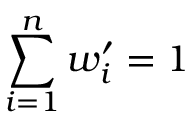
\sum _ { i = 1 } ^ { n } w _ { i } ^ { \prime } = 1